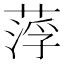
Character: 𦷰